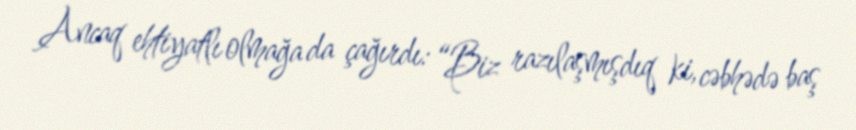
Ancaq ehtiyatlı olmağa da çağırdı: “Biz razılaşmışdıq ki, cəbhədə baş